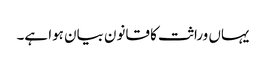
یہاں وراثت کا قانون بیان ہوا ہے۔